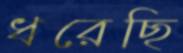
ধরেছি